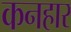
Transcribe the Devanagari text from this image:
कनहार